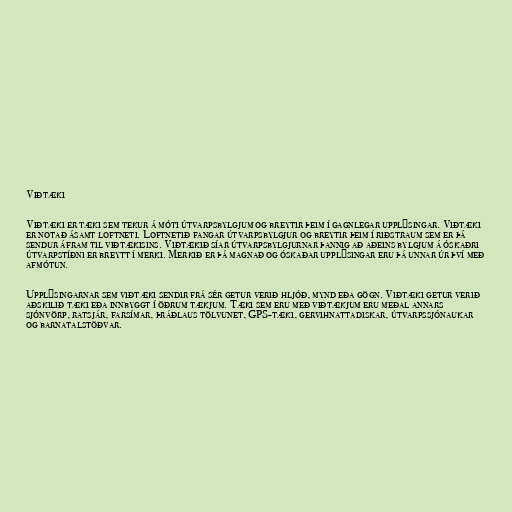
Viðtæki

Viðtæki er tæki sem tekur á móti útvarpsbylgjum og breytir þeim í gagnlegar upplýsingar. Viðtæki
er notað ásamt loftneti. Loftnetið fangar útvarpsbylgjur og breytir þeim í riðstraum sem er þá
sendur áfram til viðtækisins. Viðtækið síar útvarpsbylgjurnar þannig að aðeins bylgjum á óskaðri
útvarpstíðni er breytt í merki. Merkið er þá magnað og óskaðar upplýsingar eru þá unnar úr því með
afmótun.

Upplýsingarnar sem viðtæki sendir frá sér getur verið hljóð, mynd eða gögn. Viðtæki getur verið
aðskilið tæki eða innbyggt í öðrum tækjum. Tæki sem eru með viðtækjum eru meðal annars
sjónvörp, ratsjár, farsímar, þráðlaus tölvunet, GPS-tæki, gervihnattadiskar, útvarpssjónaukar
og barnatalstöðvar.